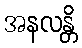
အနလန္တိ